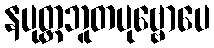
နပုတ္တဘူတပုဗ္ဗောပေ